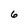
Character: 6